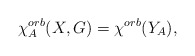
\begin{align*}\chi^{orb}_A(X,G) = \chi^{orb}(Y_A),\end{align*}